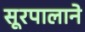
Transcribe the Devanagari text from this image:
सूरपालाने